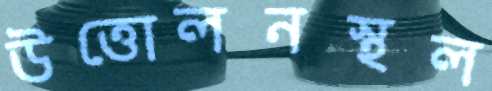
উত্তোলনস্থল